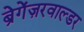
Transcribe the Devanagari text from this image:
ब्रेगेंज़रवाल्डर